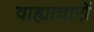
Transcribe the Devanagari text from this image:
वाह्याचारों